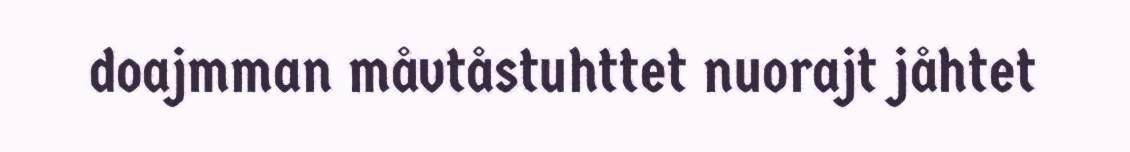
doajmman måvtåstuhttet nuorajt jåhtet